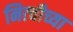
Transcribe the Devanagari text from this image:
नित्चीच्या